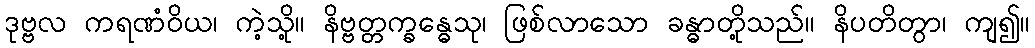
ဒုဗ္ဗလ ကရဏံဝိယ၊ ကဲ့သို့။ နိဗ္ဗတ္တက္ခန္ဓေသု၊ ဖြစ်လာသော ခန္ဓာတို့သည်။ နိပတိတွာ၊ ကျ၍။